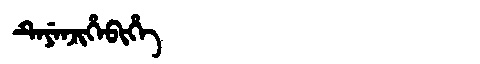
Manchu: ᡨᡝᠶᡝᠨᠵᡳᡥᡝᠪᡳᡥᡝ
Romanization: TEYENJIHEBIHE